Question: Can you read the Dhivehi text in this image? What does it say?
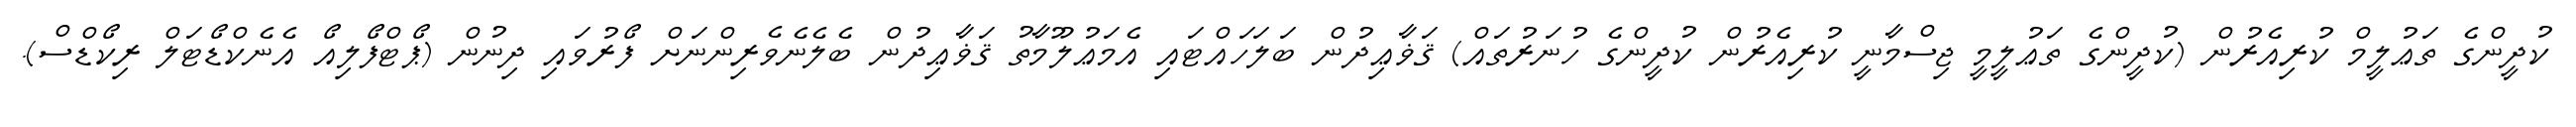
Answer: ކުދީންގެ ތަޢުލީމް ކުރިއެރުން (ކުދީންގެ ތަޢުލީމީ ޖިސްމާނީ ކުރިއެރުން ކުދީންގެ ހުނަރުތައް) ޤަޥާޢިދުން ބަލަހައްޓައި އެމަޢުލޫމާތު ޤަޥާޢިދުން ބެލެނެވެރިންނަށް ފޯރުވައި ދިނުން (ޕޯޓްފޯލިއޯ އެނެކްޑޯޓަލް ރިކޯޑްސް).